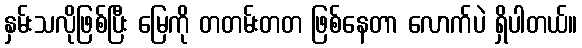
နှမ်းသလိုဖြစ်ပြီး မြေကို တတမ်းတတ ဖြစ်နေတာ လောက်ပဲ ရှိပါတယ်။